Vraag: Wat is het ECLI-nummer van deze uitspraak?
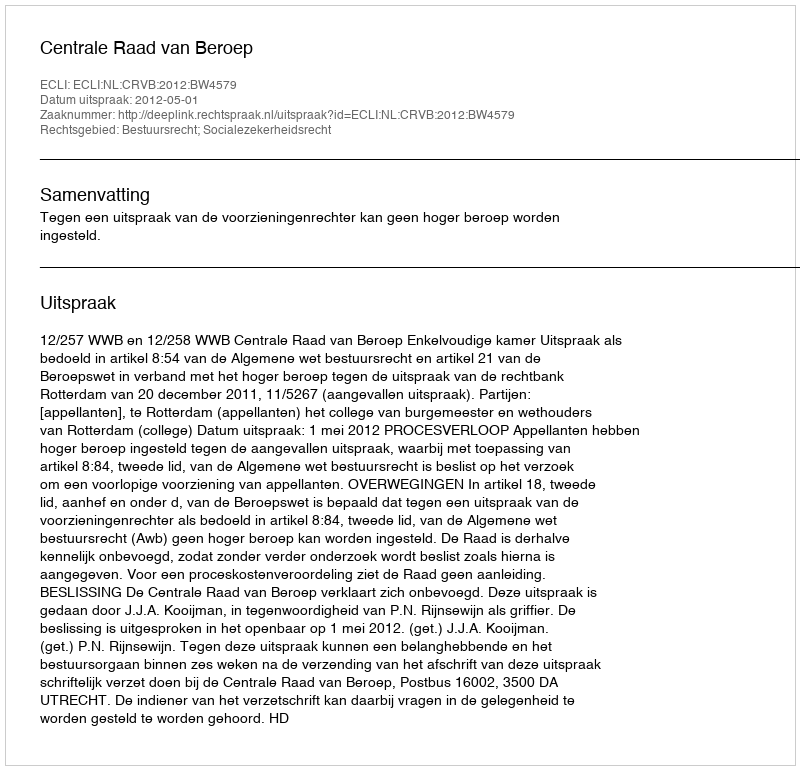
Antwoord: ECLI:NL:CRVB:2012:BW4579